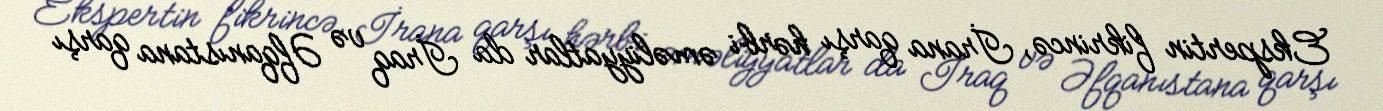
Ekspertin fikrincə, İrana qarşı hərbi əməliyyatlar da İraq və Əfqanıstana qarşı